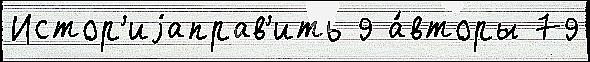
Истор'иjаправ'ить 9 а́вторы 79